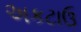
અકટાઉ